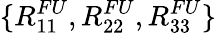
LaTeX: \{ R_{11}^{FU},R_{22}^{FU},R_{33}^{FU}\}